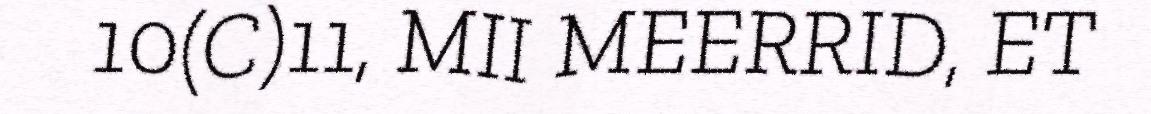
10(C)11, MII MEERRID, ET